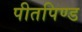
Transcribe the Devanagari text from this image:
पीतपिण्ड